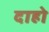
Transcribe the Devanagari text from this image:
दाहो